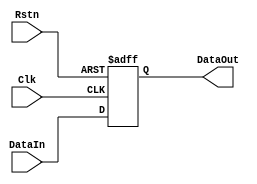
//======================================================
// Copyright (C) 2020 By 
// All Rights Reserved
//======================================================
// Module : 
// Author : 
// Contact : 
// Date : 
//======================================================
// Description :
//======================================================
module CPM_REG #(
    parameter DW = 8
) (
    input            Clk   ,
    input            Rstn  ,

    input  [DW -1:0] DataIn,
    output [DW -1:0] DataOut
);
  reg [DW -1:0] data_out;
  assign DataOut = data_out;
  always @ ( posedge Clk or negedge Rstn )begin
    if( ~Rstn )
      data_out <= 'd0;
    else
      data_out <= DataIn;
  end
endmodule